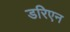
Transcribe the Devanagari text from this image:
डरिएन